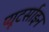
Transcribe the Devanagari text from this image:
प्यूटर्साइन